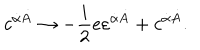
c ^ { \dot { \alpha } \dot { A } } \rightarrow - { \frac { i } { 2 } } e \varepsilon ^ { \dot { \alpha } \dot { A } } + c ^ { \dot { \alpha } \dot { A } } .